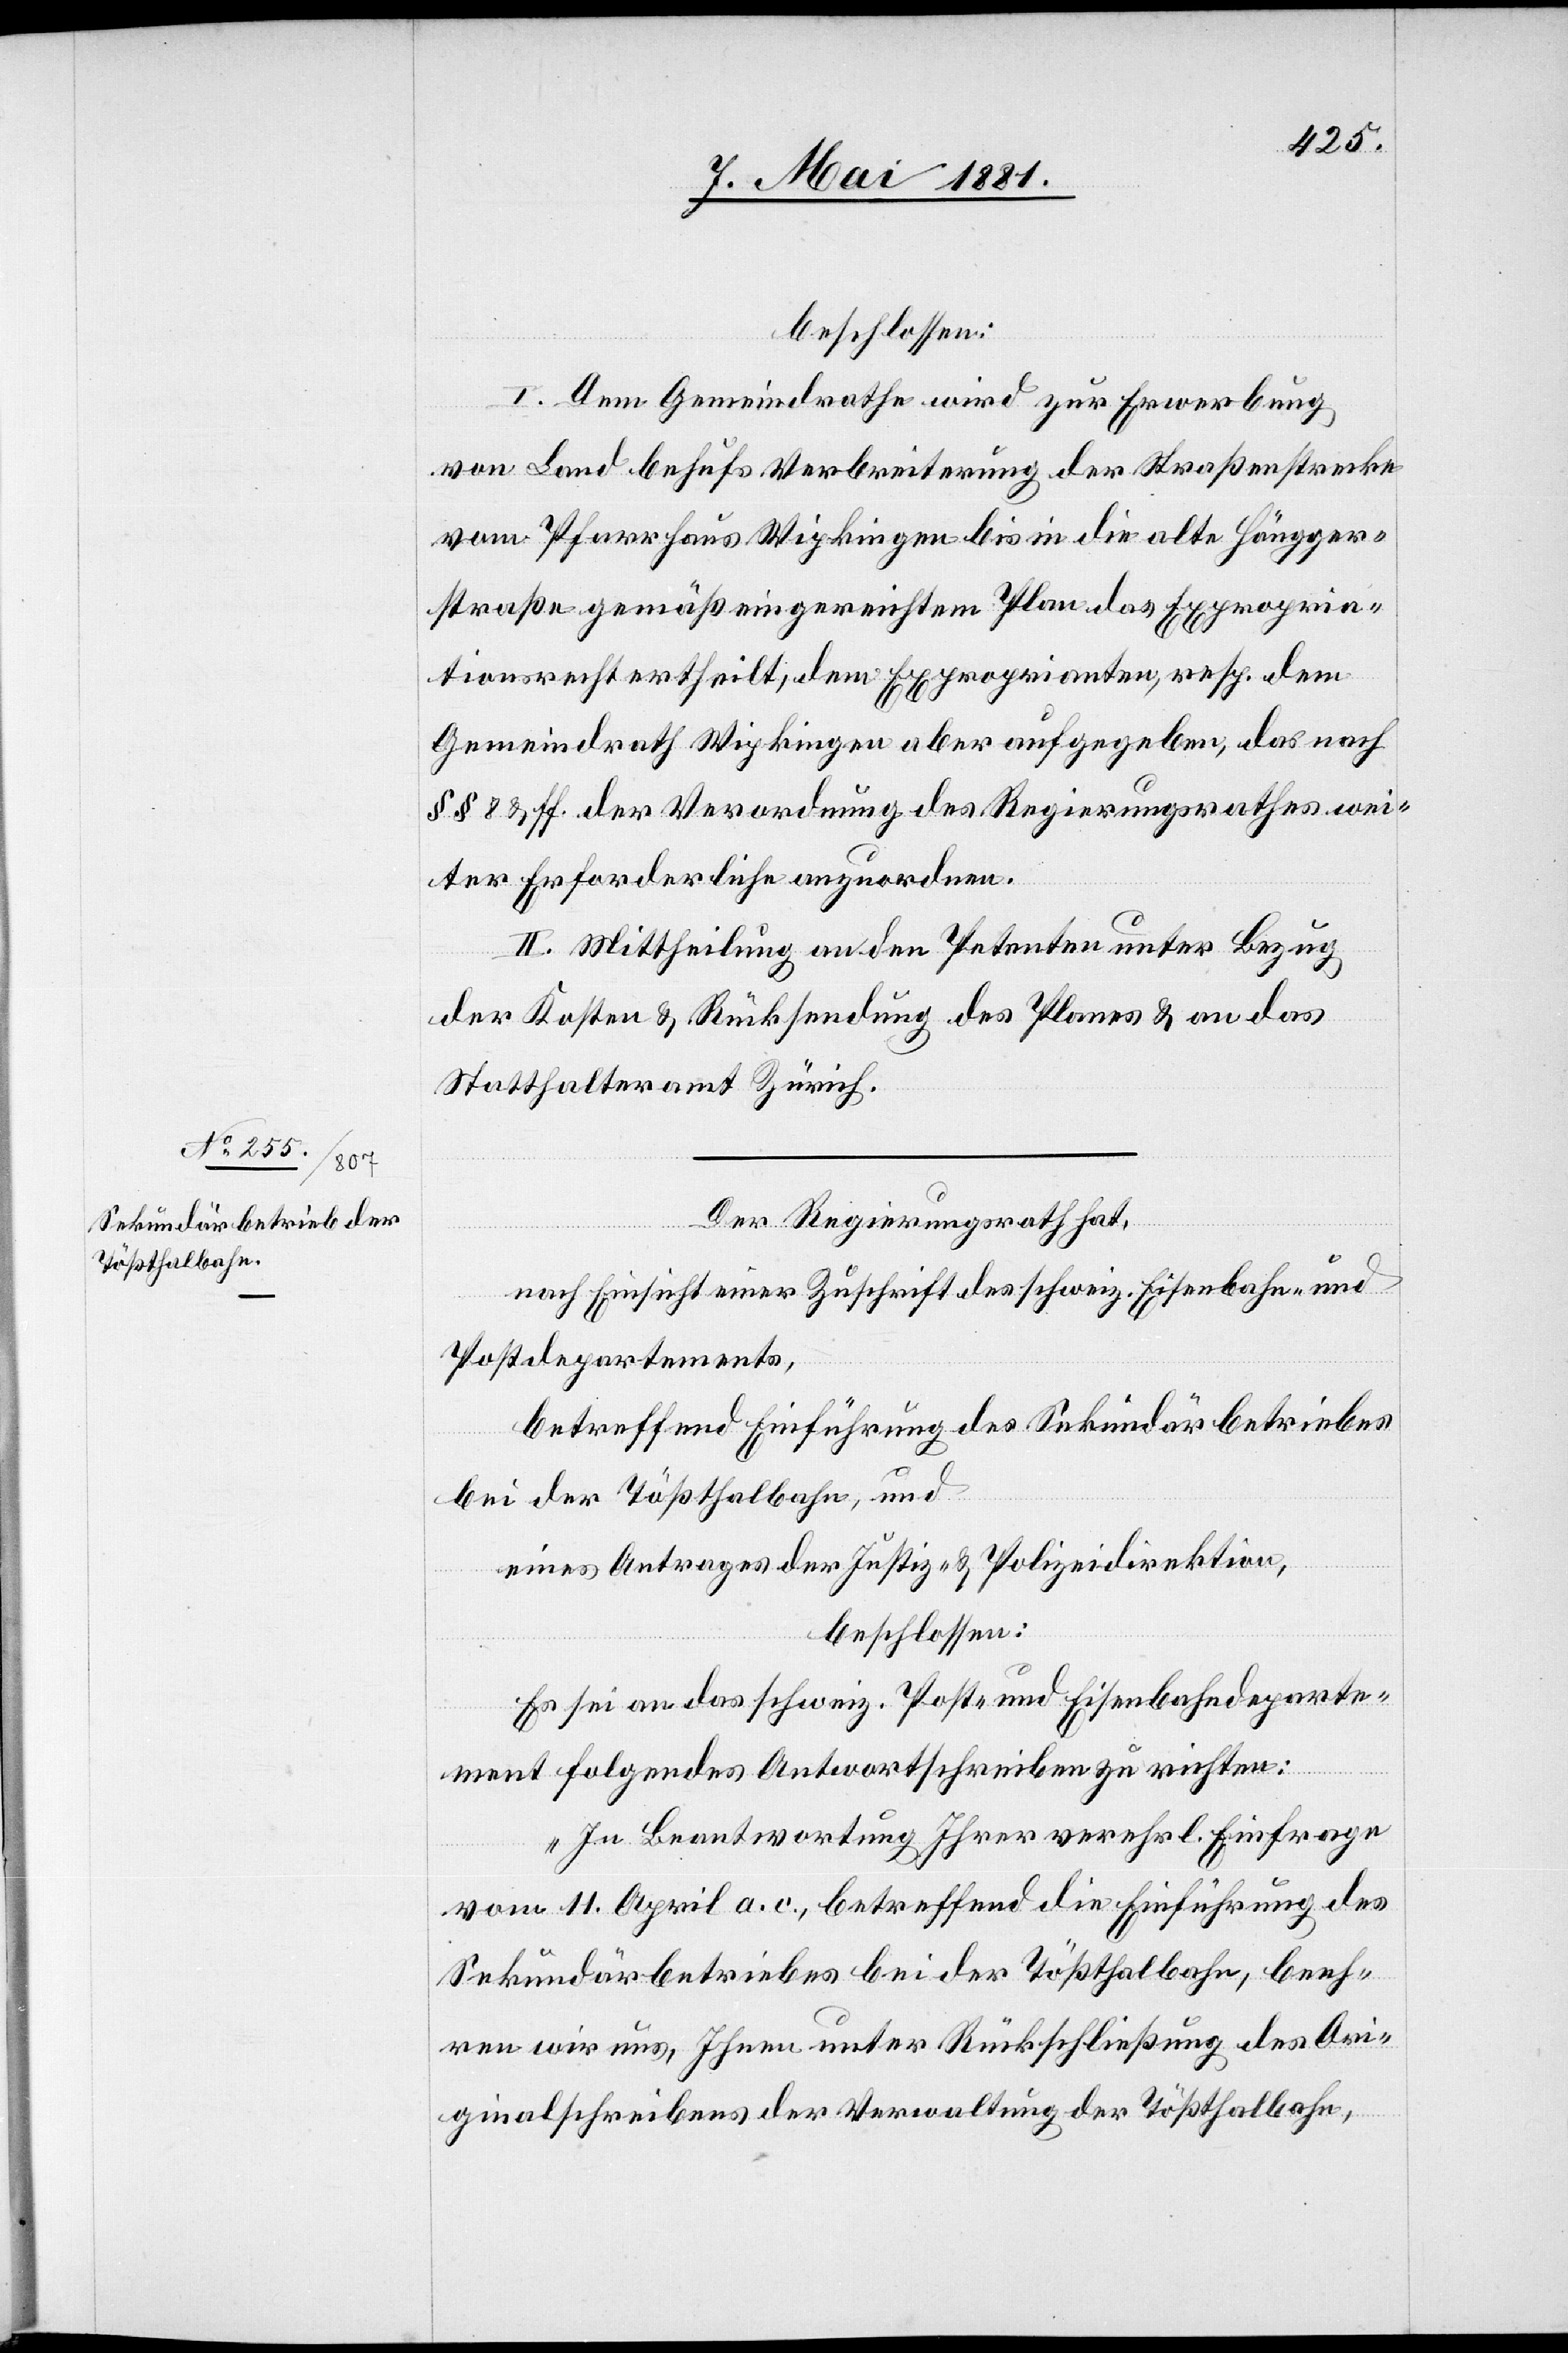
beschlossen:
I. Dem Gemeindrathe wird zur Erwerbung
von Land behufs Verbreiterung der Straßenstrecke
vom Pfarrhaus Wipkingen bis in die alte Höngger¬
straße gemäß eingereichtem Plan das Expropria¬
tionsrecht ertheilt; dem Exproprienten, resp. dem
Gemeindrath Wipkingen aber aufgegeben, das nach
§§ 8 & ff. der Verordnung des Regierungsrathes wei¬
ter Erforderliche anzuordnen.
II. Mittheilung an den Petenten unter Bezug
der Kosten & Rücksendung des Planes & an das
Statthalteramt Zürich.
Der Regierungsrath,
nach Einsicht einer Zuschrift des schweiz. Eisenbahn- und
Postdepartements,
betreffend Einführung des Sekundärbetriebes
bei der Tößthalbahn, und
eines Antrages der Justiz- & Polizeidirektion,
beschlossen:
Es sei an das schweiz. Post- und Eisenbahndeparte¬
ment folgendes Antwortschreiben zu richten:
„In Beantwortung Ihrer verehrl. Einfrage
vom 11. April a. c., betreffend die Einführung des
Sekundärbetriebes bei der Tößthalbahn, beeh¬
ren wir uns, Ihnen unter Rückschließung des Ori¬
ginalschreibens der Verwaltung der Tößthalbahn,